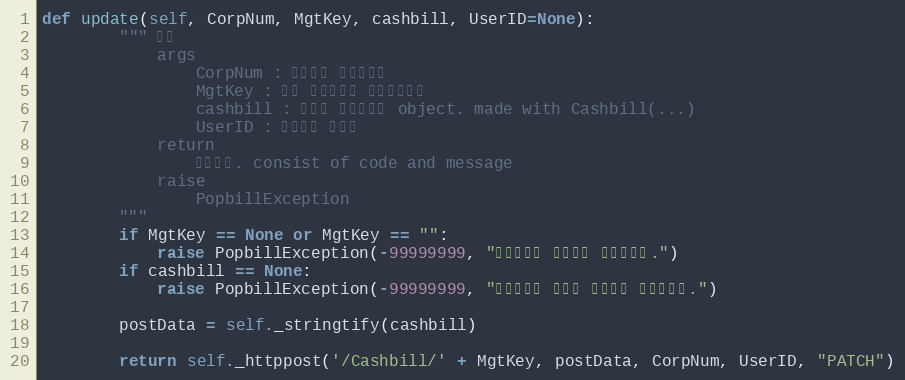
Language: Python
def update(self, CorpNum, MgtKey, cashbill, UserID=None):
        """ 수정
            args
                CorpNum : 팝빌회원 사업자번호
                MgtKey : 원본 현금영수증 문서관리번호
                cashbill : 수정할 현금영수증 object. made with Cashbill(...)
                UserID : 팝빌회원 아이디
            return
                처리결과. consist of code and message
            raise
                PopbillException
        """
        if MgtKey == None or MgtKey == "":
            raise PopbillException(-99999999, "관리번호가 입력되지 않았습니다.")
        if cashbill == None:
            raise PopbillException(-99999999, "현금영수증 정보가 입력되지 않았습니다.")

        postData = self._stringtify(cashbill)

        return self._httppost('/Cashbill/' + MgtKey, postData, CorpNum, UserID, "PATCH")